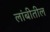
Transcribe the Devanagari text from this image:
लांबीतील